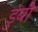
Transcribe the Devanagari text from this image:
डुंबी